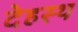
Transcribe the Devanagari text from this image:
देहस्थ